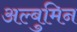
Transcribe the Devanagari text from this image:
अल्बुमिन